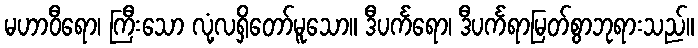
မဟာဝီရော၊ ကြီးသော လုံ့လရှိတော်မူသော။ ဒီပင်္ကရော၊ ဒီပင်္ကရာမြတ်စွာဘုရားသည်။